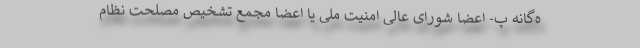
ه‌گانه پ- اعضا شورای عالی امنیت ملی یا اعضا مجمع تشخیص مصلحت نظام